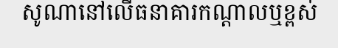
សូណានៅលើធនាគារកណ្តាលឬខ្ពស់